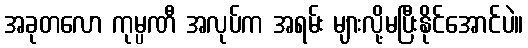
အခုတလော ကုမ္ပဏီ အလုပ်က အရမ်း များလို့မပြီးနိုင်အောင်ပဲ။